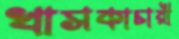
খাসকাচারী